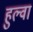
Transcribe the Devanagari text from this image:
हुल्वा